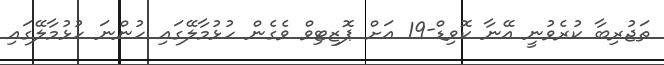
ތަޖުރިބާ ކުރެވުނީ އޭނާ ކޮވިޑް-19 އަށް ޕޮޒިޓިވް ވެގެން ހުޅުމާލޭގައި ހުންނަ ހުޅުމާލޭގައި